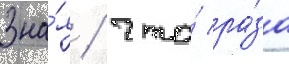
Зна́я / что́ ра́за